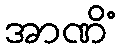
အာဏိံ